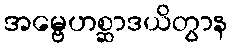
အမ္ဗေဟစ္ဆာဒယိတွာန